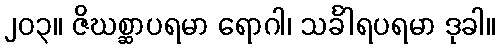
၂၀၃။ ဇိဃစ္ဆာပရမာ ရောဂါ၊ သင်္ခါရပရမာ ဒုခါ။